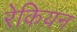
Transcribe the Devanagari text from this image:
रेकियन